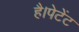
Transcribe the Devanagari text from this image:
है।पेटेंट